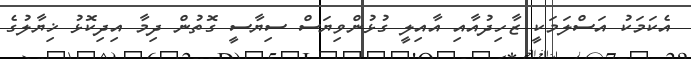
އެކަމަކު އަސްލަމަކީ ޒާހިދުއާއި އާއިލީ ގުޅުންވިޔަސް ސިޔާސީ ގޮތުން ދިމާ އިިދިކޮޅު ޚިޔާލުގެ